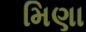
મિણા